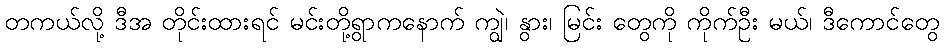
တကယ်လို့ ဒီအ တိုင်းထားရင် မင်းတို့ရွာကနောက် ကျွဲ၊ နွား၊ မြင်း တွေကို ကိုက်ဦး မယ်၊ ဒီကောင်တွေ